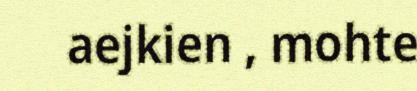
aejkien , mohte